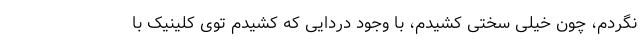
نگردم، چون خیلی سختی کشیدم، با وجود دردایی که کشیدم توی کلینیک با